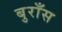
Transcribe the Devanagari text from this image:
बुराँस